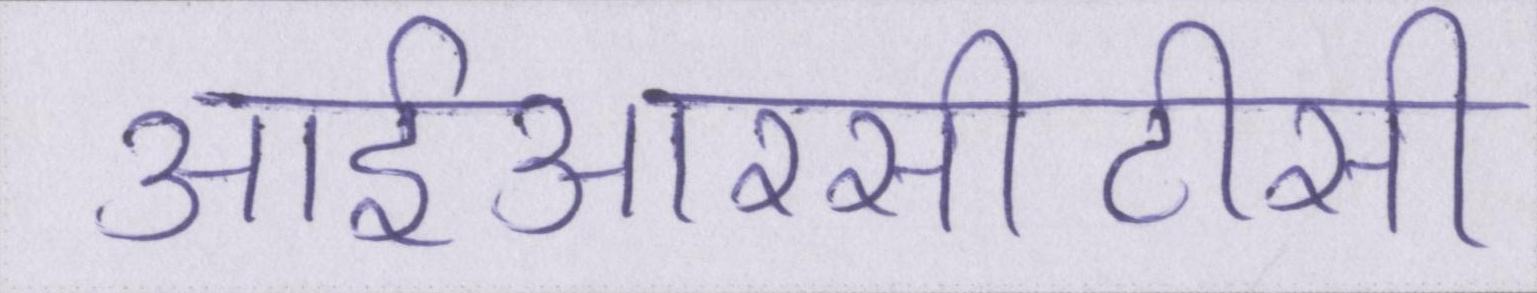
आईआरसीटीसी